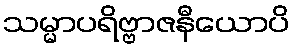
သမ္မာပရိဗ္ဗာဇနီယောပိ